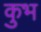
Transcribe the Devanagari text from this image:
कुभ